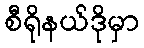
စီရိုနယ်ဒိုမှာ